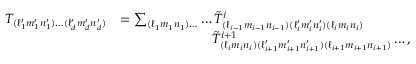
\begin{array} { r l } { T _ { ( \ell _ { 1 } ^ { \prime } m _ { 1 } ^ { \prime } n _ { 1 } ^ { \prime } ) \ldots ( \ell _ { d } ^ { \prime } m _ { d } ^ { \prime } n _ { d } ^ { \prime } ) } } & { = \sum _ { ( \ell _ { 1 } m _ { 1 } n _ { 1 } ) \ldots } \ldots \tilde { T } _ { ( \ell _ { i - 1 } m _ { i - 1 } n _ { i - 1 } ) ( \ell _ { i } ^ { \prime } m _ { i } ^ { \prime } n _ { i } ^ { \prime } ) ( \ell _ { i } m _ { i } n _ { i } ) } ^ { i } } \\ & { \mathstrut \phantom { = \sum _ { ( \ell _ { 1 } m _ { 1 } n _ { 1 } ) \ldots } \ldots } \tilde { T } _ { ( \ell _ { i } m _ { i } n _ { i } ) ( \ell _ { i + 1 } ^ { \prime } m _ { i + 1 } ^ { \prime } n _ { i + 1 } ^ { \prime } ) ( \ell _ { i + 1 } m _ { i + 1 } n _ { i + 1 } ) } ^ { i + 1 } \ldots , } \end{array}